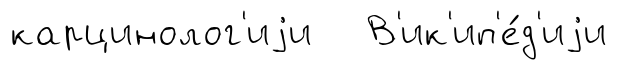
карцинолог'иjи В'ик'ип'е́д'иjи